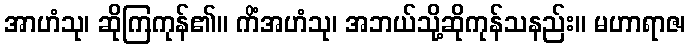
အာဟံသု၊ ဆိုကြကုန်၏။ ကိံအဟံသု၊ အဘယ်သို့ဆိုကုန်သနည်း။ မဟာရာဇ၊